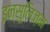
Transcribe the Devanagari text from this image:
इन्सुलिज़म